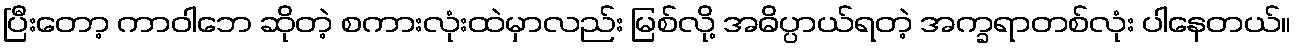
ပြီးတော့ ကာဝါဘေ ဆိုတဲ့ စကားလုံးထဲမှာလည်း မြစ်လို့ အဓိပ္ပာယ်ရတဲ့ အက္ခရာတစ်လုံး ပါနေတယ်။